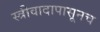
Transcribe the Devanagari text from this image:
स्त्रीवादापासूनच